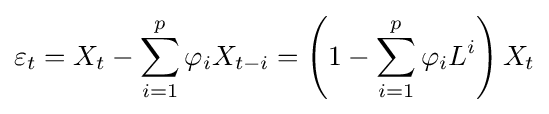
\varepsilon _{t}=X_{t}-\sum _{i=1}^{p}\varphi _{i}X_{t-i}=\left(1-\sum _{i=1}^{p}\varphi _{i}L^{i}\right)X_{t}